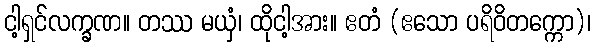
ငါ့ရှင်လက္ခဏ။ တဿ မယှံ၊ ထိုငါ့အား။ ဧတံ (ဧသော ပရိဝိတက္ကော)၊